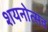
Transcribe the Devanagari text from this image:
शयनोत्सव